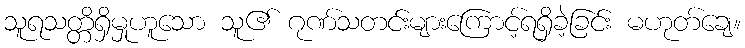
သူရသတ္တိရှိမှုဟူသော သူ၏ ဂုဏ်သတင်းများကြောင့်ရရှိခဲ့ခြင်း မဟုတ်ချေ။